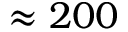
\approx 2 0 0